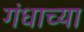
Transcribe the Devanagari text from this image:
गंधाच्या